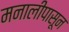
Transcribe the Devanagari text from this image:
मनालीपासून